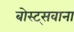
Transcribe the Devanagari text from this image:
बोस्ट्सवाना